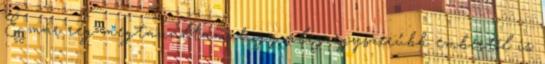
É már rég megtanultam, hogy aleg egyszerűbb embertől is